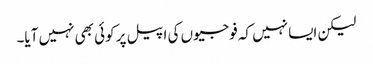
لیکن ایسا نہیں کہ فوجیوں کی اپیل پر کوئی بھی نہیں آیا۔